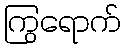
ကြွရောက်